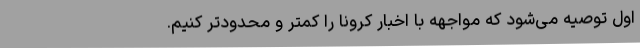
اول توصیه می‌شود که مواجهه با اخبار کرونا را کمتر و محدودتر کنیم.